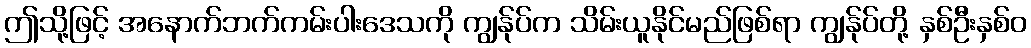
ဤသို့ဖြင့် အနောက်ဘက်ကမ်းပါးဒေသကို ကျွန်ုပ်က သိမ်းယူနိုင်မည်ဖြစ်ရာ ကျွန်ုပ်တို့ နှစ်ဦးနှစ်ဝ